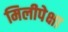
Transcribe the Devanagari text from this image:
मिलीपेक्षा